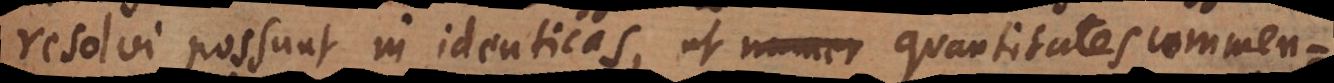
resolvi possunt in identicas, ut numer quantitates commen